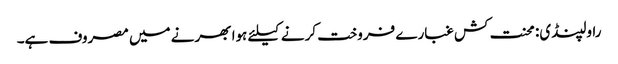
راولپنڈی: محنت کش غبارے فروخت کرنے کیلئے ہوا بھرنے میں مصروف ہے۔